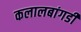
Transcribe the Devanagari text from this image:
कलालबांगडी